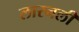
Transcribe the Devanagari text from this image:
लारनली